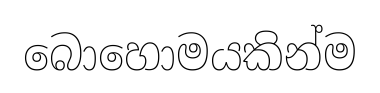
බොහොමයකින්ම